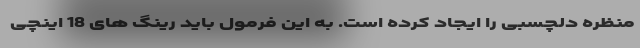
منظره دلچسبی را ایجاد کرده است. به این فرمول باید رینگ های 18 اینچی